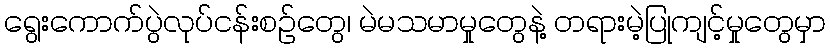
ရွေးကောက်ပွဲလုပ်ငန်းစဉ်တွေ၊ မဲမသမာမှုတွေနဲ့ တရားမဲ့ပြုကျင့်မှုတွေမှာ